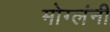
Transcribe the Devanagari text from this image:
मोग्लंनी